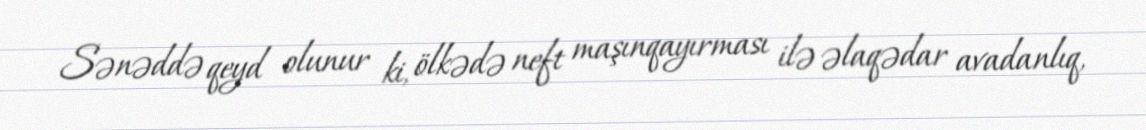
Sənəddə qeyd olunur ki, ölkədə neft maşınqayırması ilə əlaqədar avadanlıq,